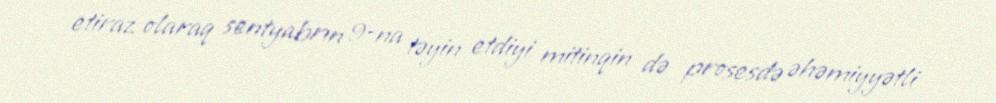
etiraz olaraq sentyabrın 9-na təyin etdiyi mitinqin də prosesdə əhəmiyyətli